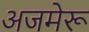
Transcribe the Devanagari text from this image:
अजमेरू